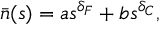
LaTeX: \bar { n } ( s ) = a s ^ { \delta _ { F } } + b s ^ { \delta _ { C } } ,